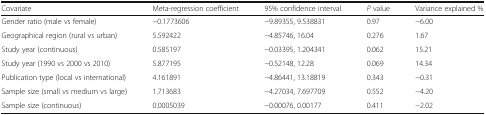
<table><thead><tr><td><b>Covariate</b></td><td><b>Meta-regression coefficient</b></td><td><b>95% confidence interval</b></td><td><b><i>P</i> value</b></td><td><b>Variance explained %</b></td></tr></thead><tbody><tr><td>Gender ratio (male vs female)</td><td>−0.1773606</td><td>−9.89355, 9.538831</td><td>0.97</td><td>−6.00</td></tr><tr><td>Geographical region (rural vs urban)</td><td>5.592422</td><td>−4.85746, 16.04</td><td>0.276</td><td>1.67</td></tr><tr><td>Study year (continuous)</td><td>0.585197</td><td>−0.03395, 1.204341</td><td>0.062</td><td>15.21</td></tr><tr><td>Study year (1990 vs 2000 vs 2010)</td><td>5.877195</td><td>−0.52148, 12.28</td><td>0.069</td><td>14.34</td></tr><tr><td>Publication type (local vs international)</td><td>4.161891</td><td>−4.86441, 13.18819</td><td>0.343</td><td>−0.31</td></tr><tr><td>Sample size (small vs medium vs large)</td><td>1.713683</td><td>−4.27034, 7.697709</td><td>0.552</td><td>−4.20</td></tr><tr><td>Sample size (continuous)</td><td>0.0005039</td><td>−0.00076, 0.00177</td><td>0.411</td><td>−2.02</td></tr></tbody></table>